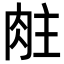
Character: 𬚶